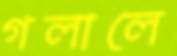
গলালে